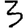
Digit: 3